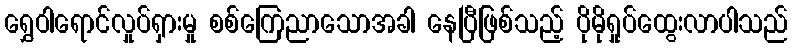
ရွှေဝါရောင်လှုပ်ရှားမှု စစ်ကြေညာသောအခါ နေပြီဖြစ်သည့် ပိုမိုရှုပ်ထွေးလာပါသည်